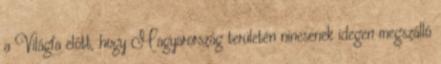
a Világfa előtt, hogy Magyarország területén nincsenek idegen megszálló